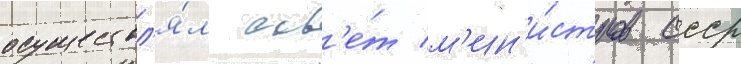
осуществл'я́л сов'е́т м'ин'и́стров ссср